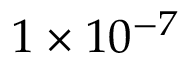
1 \times 1 0 ^ { - 7 }